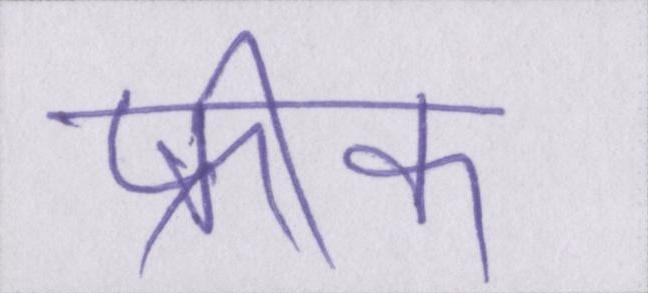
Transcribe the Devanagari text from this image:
फ्रीक